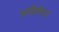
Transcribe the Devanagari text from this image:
अपीलेटस